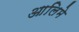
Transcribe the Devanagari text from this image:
आलिमे